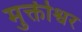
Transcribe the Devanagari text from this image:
मुक्तीश्वर